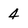
Character: 4